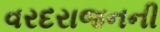
વરદરાજનની